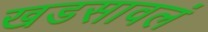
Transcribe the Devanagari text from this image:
खडसावलं